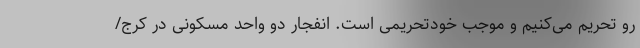
رو تحریم می‌کنیم و موجب خودتحریمی است. انفجار دو واحد مسکونی در کرج/